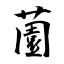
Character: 薗